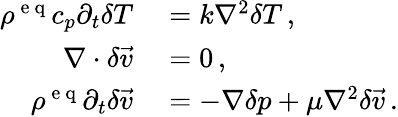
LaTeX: \begin{array}{rl}{\rho^{\mathrm{~e~q~}}c_{p}\partial_{t}\delta T}&{{}=k\nabla^{2}\delta T\, ,}\\ {\nabla\cdot\delta\vec{v}}&{{}=0\, ,}\\ {\rho^{\mathrm{~e~q~}}\partial_{t}\delta\vec{v}}&{{}=-\nabla\delta p+\mu\nabla^{2}\delta\vec{v}\, .}\end{array}